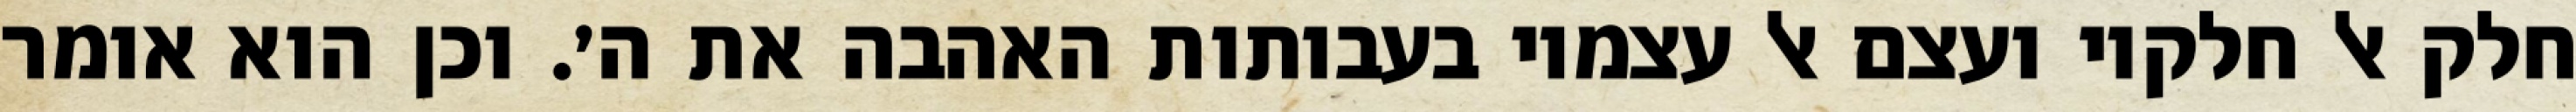
חלק אל חלקיו ועצם אל עצמיו בעבותות האהבה את ה׳. וכן הוא אומר